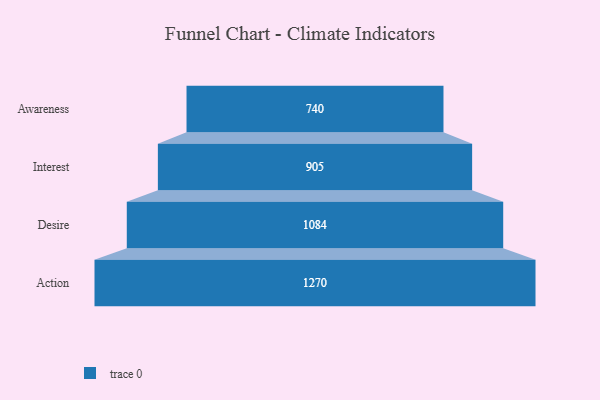
{"axis": {"x": "Stage", "y": "Value"}, "legend": [""], "data": [{"x": "Awareness", "y": 740.0, "type": ""}, {"x": "Interest", "y": 905.0, "type": ""}, {"x": "Desire", "y": 1084.0, "type": ""}, {"x": "Action", "y": 1270.0, "type": ""}]}